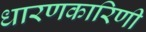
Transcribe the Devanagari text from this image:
धारणकारिणी